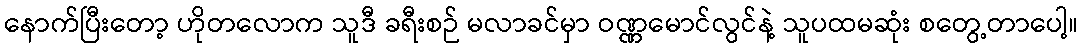
နောက်ပြီးတော့ ဟိုတလောက သူဒီ ခရီးစဉ် မလာခင်မှာ ဝဏ္ဏမောင်လွင်နဲ့ သူပထမဆုံး စတွေ့တာပေါ့။